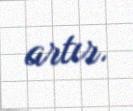
artır.